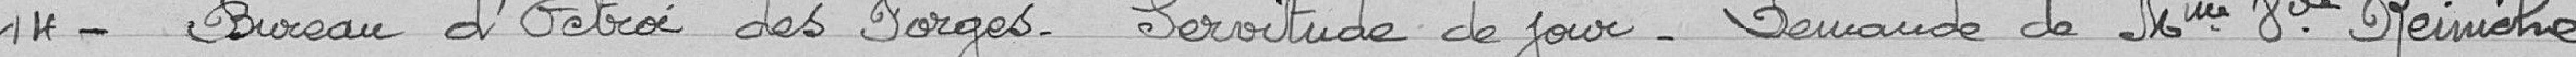
14 - Bureau d'octroi des Forges. Servitude de jour. Demande de Mme Vve Reimiche.